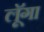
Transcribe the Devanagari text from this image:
लूॅगा